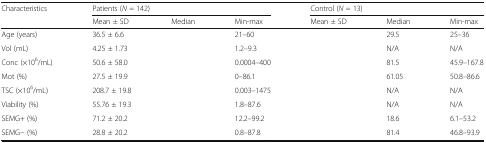
<table><thead><tr><td rowspan="2"><b>Characteristics</b></td><td colspan="3"><b>Patients (<i>N</i> = 142)</b></td><td colspan="3"><b>Control (<i>N</i> = 13)</b></td></tr><tr><td><b>Mean ± SD</b></td><td><b>Median</b></td><td><b>Min-max</b></td><td><b>Mean ± SD</b></td><td><b>Median</b></td><td><b>Min-max</b></td></tr></thead><tbody><tr><td>Age (years)</td><td>36.5 ± 6.6</td><td>[EMPTY_CELL]</td><td>21–60</td><td>[EMPTY_CELL]</td><td>29.5</td><td>25–36</td></tr><tr><td>Vol (mL)</td><td>4.25 ± 1.73</td><td>[EMPTY_CELL]</td><td>1.2–9.3</td><td>[EMPTY_CELL]</td><td>N/A</td><td>N/A</td></tr><tr><td>Conc (×10<sup>6</sup>/mL)</td><td>50.6 ± 58.0</td><td>[EMPTY_CELL]</td><td>0.0004–400</td><td>[EMPTY_CELL]</td><td>81.5</td><td>45.9–167.8</td></tr><tr><td>Mot (%)</td><td>27.5 ± 19.9</td><td>[EMPTY_CELL]</td><td>0–86.1</td><td>[EMPTY_CELL]</td><td>61.05</td><td>50.8–86.6</td></tr><tr><td>TSC (×10<sup>6</sup>/mL)</td><td>208.7 ± 19.8</td><td>[EMPTY_CELL]</td><td>0.003–1475</td><td>[EMPTY_CELL]</td><td>N/A</td><td>N/A</td></tr><tr><td>Viability (%)</td><td>55.76 ± 19.3</td><td>[EMPTY_CELL]</td><td>1.8–87.6</td><td>[EMPTY_CELL]</td><td>N/A</td><td>N/A</td></tr><tr><td>SEMG+ (%)</td><td>71.2 ± 20.2</td><td>[EMPTY_CELL]</td><td>12.2–99.2</td><td>[EMPTY_CELL]</td><td>18.6</td><td>6.1–53.2</td></tr><tr><td>SEMG− (%)</td><td>28.8 ± 20.2</td><td>[EMPTY_CELL]</td><td>0.8–87.8</td><td>[EMPTY_CELL]</td><td>81.4</td><td>46.8–93.9</td></tr></tbody></table>